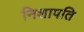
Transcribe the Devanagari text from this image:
निशापति